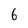
Character: 6